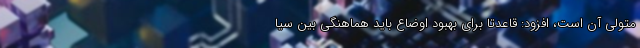
متولی آن است، افزود: قاعدتا برای بهبود اوضاع باید هماهنگی بین سیا